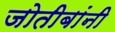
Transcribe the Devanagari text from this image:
जोतीबांनी